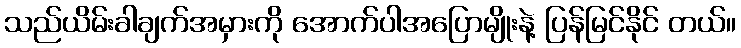
သည်ယိမ်းခါချက်အမှားကို အောက်ပါအပြောမျိုးနဲ့ ပြန်မြင်နိုင် တယ်။